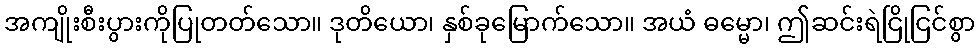
အကျိုးစီးပွားကိုပြုတတ်သော။ ဒုတိယော၊ နှစ်ခုမြောက်သော။ အယံ ဓမ္မော၊ ဤဆင်းရဲငြိုငြင်စွာ